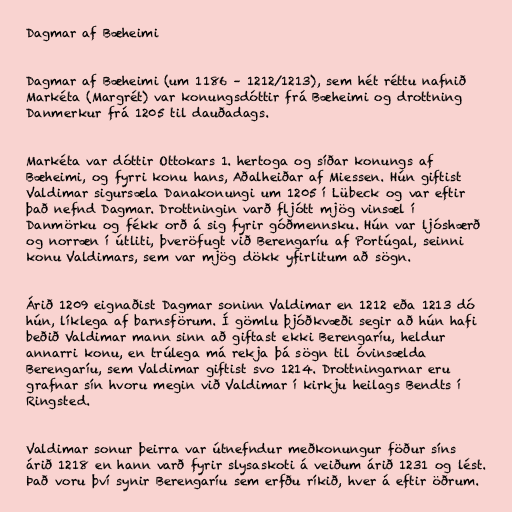
Dagmar af Bæheimi

Dagmar af Bæheimi (um 1186 – 1212/1213), sem hét réttu nafnið
Markéta (Margrét) var konungsdóttir frá Bæheimi og drottning
Danmerkur frá 1205 til dauðadags.

Markéta var dóttir Ottokars 1. hertoga og síðar konungs af
Bæheimi, og fyrri konu hans, Aðalheiðar af Miessen. Hún giftist
Valdimar sigursæla Danakonungi um 1205 í Lübeck og var eftir
það nefnd Dagmar. Drottningin varð fljótt mjög vinsæl í
Danmörku og fékk orð á sig fyrir góðmennsku. Hún var ljóshærð
og norræn í útliti, þveröfugt við Berengaríu af Portúgal, seinni
konu Valdimars, sem var mjög dökk yfirlitum að sögn.

Árið 1209 eignaðist Dagmar soninn Valdimar en 1212 eða 1213 dó
hún, líklega af barnsförum. Í gömlu þjóðkvæði segir að hún hafi
beðið Valdimar mann sinn að giftast ekki Berengaríu, heldur
annarri konu, en trúlega má rekja þá sögn til óvinsælda
Berengaríu, sem Valdimar giftist svo 1214. Drottningarnar eru
grafnar sín hvoru megin við Valdimar í kirkju heilags Bendts í
Ringsted.

Valdimar sonur þeirra var útnefndur meðkonungur föður síns
árið 1218 en hann varð fyrir slysaskoti á veiðum árið 1231 og lést.
Það voru því synir Berengaríu sem erfðu ríkið, hver á eftir öðrum.